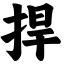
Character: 捍